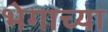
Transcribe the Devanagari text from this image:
भेगाच्या